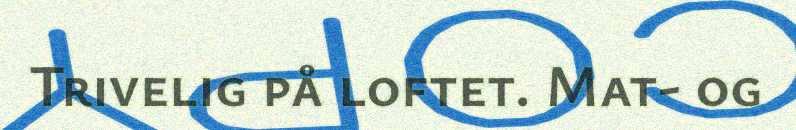
Trivelig på loftet. Mat- og